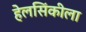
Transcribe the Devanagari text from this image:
हेलसिंकीला